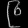
Digit: ၉